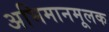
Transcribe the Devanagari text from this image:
अभिमानमूलक